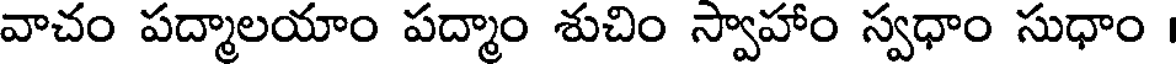
వాచం పద్మాలయాం పద్మాం శుచిం స్వాహాం స్వధాం సుధాం